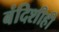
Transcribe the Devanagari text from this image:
बंदिशीही